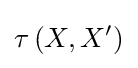
\tau \left(X,X^{\prime }\right)